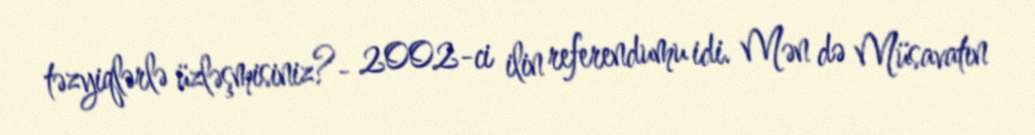
təzyiqlərlə üzləşmisiniz?- 2002-ci ilin referendumu idi. Mən də Müsavatın